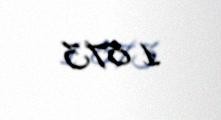
1 873